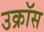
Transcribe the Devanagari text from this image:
उक्रॉस